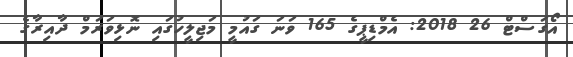
އޯގަސްޓް 26 2018: އެމްޑިޕީގެ 165 ވަނަ ގައުމީ މަޖިލީހުގައި ނޮޅިވަރަމް ދާއިރާގެ